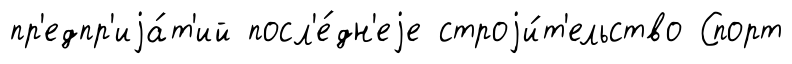
пр'едпр'иjа́т'ий посл'е́дн'еjе строjи́т'ельство Спорт